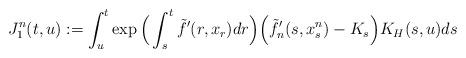
LaTeX: \begin{align*}J_1^n(t,u)&:=\int_u^t\exp\Big(\int_s^t \tilde{f}'(r,x_r)dr\Big)\Big( \tilde{f}'_n(s,x_s^n)-K_s\Big)K_H(s,u)ds\end{align*}